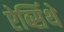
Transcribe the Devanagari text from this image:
ऐब्सिंथे